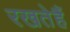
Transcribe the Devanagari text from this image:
रखतेहैं